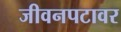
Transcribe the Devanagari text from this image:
जीवनपटावर